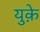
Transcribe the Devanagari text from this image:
युक़े